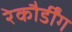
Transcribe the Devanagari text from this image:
रेकौर्डींग